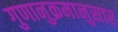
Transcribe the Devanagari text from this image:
गुणानुक्रमानुसार